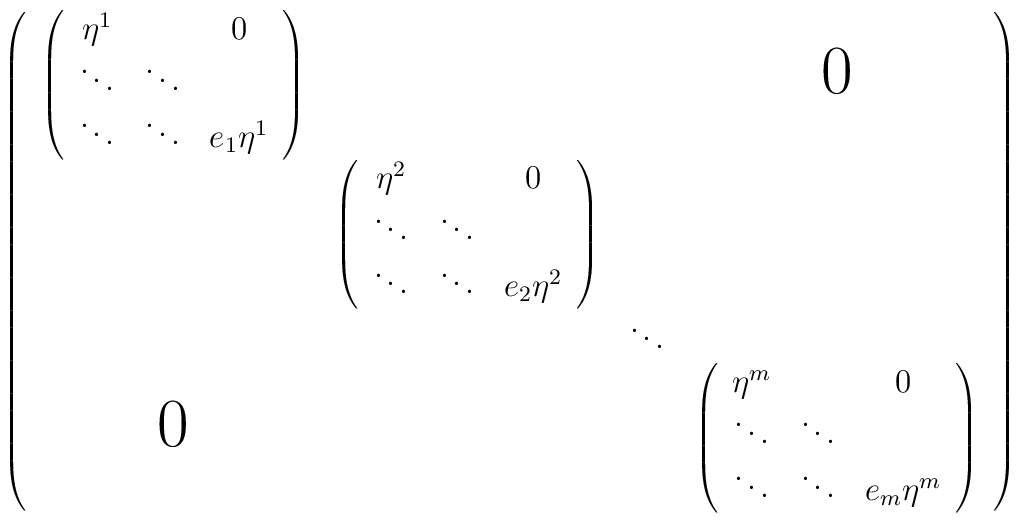
\left(\begin{array}{cccc} {\left(\begin{array}{ccc}  \eta^1&         & 0   \\  \ddots &\ddots\\         \ddots &\ddots &e_1\eta^1 \end{array}\right)}&&&\mbox{\Huge 0}\\ &{\left(\begin{array}{ccc}  \eta^2 &       & 0   \\  \ddots & \ddots \\         \ddots & \ddots &e_2\eta^2 \end{array}\right)}\\ &&\ddots \\ \mbox{\Huge 0}&&&{\left(\begin{array}{cccc}  \eta^m &        & 0 \\  \ddots & \ddots \\         \ddots & \ddots &e_m\eta^m \end{array}\right)}\end{array}\right)